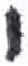
אות: י